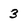
Character: 3